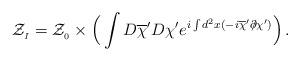
LaTeX: \begin{align*}{\cal Z}_{_I} = {\cal Z}_{_0} \times \Big ( \int D\overline{\chi}^\prime D\chi^\prime e^{i \int d ^2x (-i \overline{\chi}^\prime \partial \!\!\!/ \chi^\prime) } \Big )\,.\end{align*}